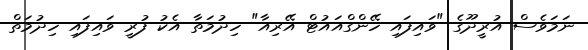
ނަމަވެސް އުރީދޫގެ "ވައިފައި ހޭންގްއައުޓް އޭރިއާ" ހިދުމަތާ އެކު ފުރީ ވައިފައި ހިދުމަތް